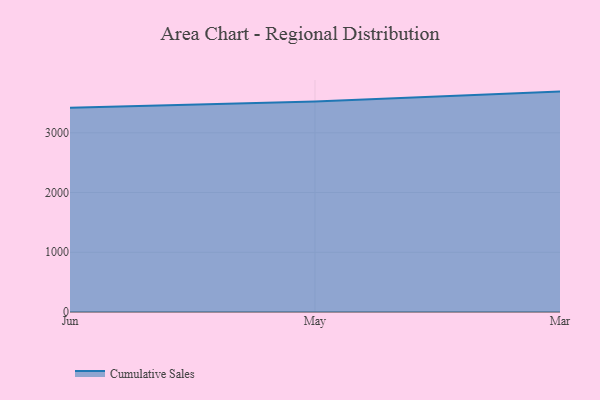
{"axis": {"x": "Month", "y": "Customer Acquisition Cost (USD)"}, "legend": ["Cumulative Sales"], "data": [{"x": "Jun", "y": 3418.2, "type": "Cumulative Sales"}, {"x": "May", "y": 3526.0, "type": "Cumulative Sales"}, {"x": "Mar", "y": 3690.5, "type": "Cumulative Sales"}]}